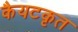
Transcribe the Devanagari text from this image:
कैयटकृत